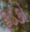
ફડકો